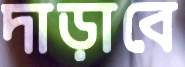
দাড়াবে